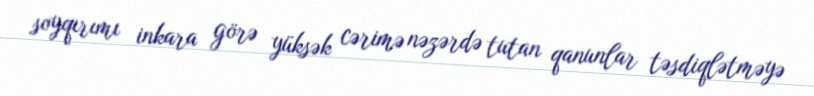
soyqırımı inkara görə yüksək cərimə nəzərdə tutan qanunlar təsdiqlətməyə